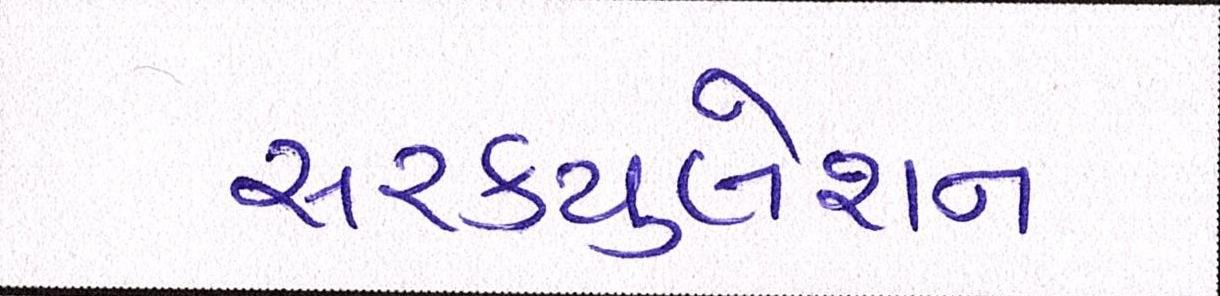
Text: સરકયુલેશન